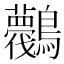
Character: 𪈛